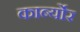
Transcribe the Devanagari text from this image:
कार्ब्योर